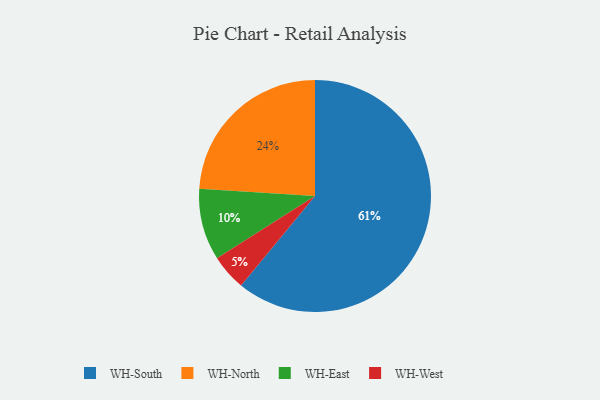
{"axis": {"x": "Category", "y": "Percentage"}, "legend": ["WH-East", "WH-North", "WH-South", "WH-West"], "data": [{"x": "WH-West", "y": 5, "type": "WH-West"}, {"x": "WH-North", "y": 24, "type": "WH-North"}, {"x": "WH-East", "y": 10, "type": "WH-East"}, {"x": "WH-South", "y": 61, "type": "WH-South"}]}